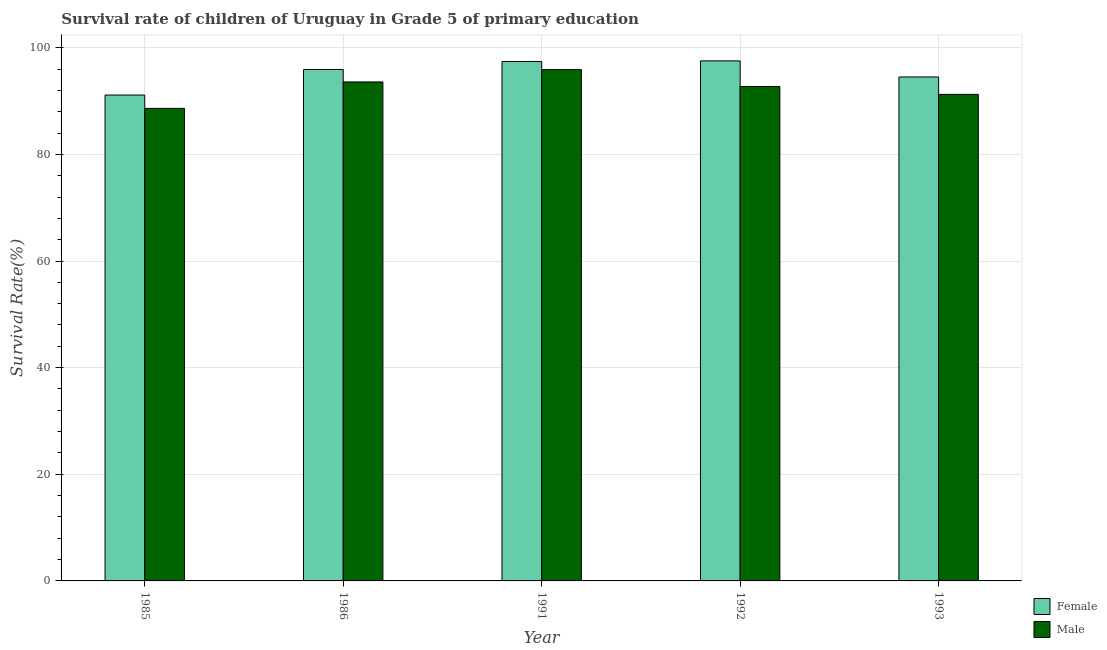
| Year | Female | Male |
 | --- | --- | --- |
 | 1985 | 91.1 | 88.6 |
 | 1986 | 95.9 | 93.6 |
 | 1991 | 97.4 | 95.9 |
 | 1992 | 97.5 | 92.7 |
 | 1993 | 94.5 | 91.3 |